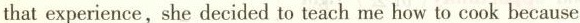
that experience, she decided to teach me how to cook because